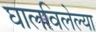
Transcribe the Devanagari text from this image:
घालविलेल्या